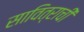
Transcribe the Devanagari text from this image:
सावित्राची